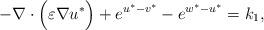
LaTeX: \begin{align*}- \nabla \cdot \Big(\varepsilon \nabla u^* \Big) + e^{u^* - v^*} - e^{w^* - u^*} = k_1,\end{align*}